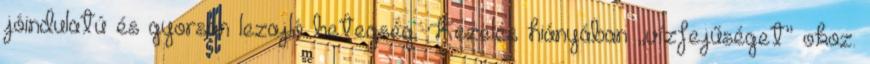
jóindulatú és gyorsan lezajló betegség. Kezelés hiányában „vízfejűséget” okoz.